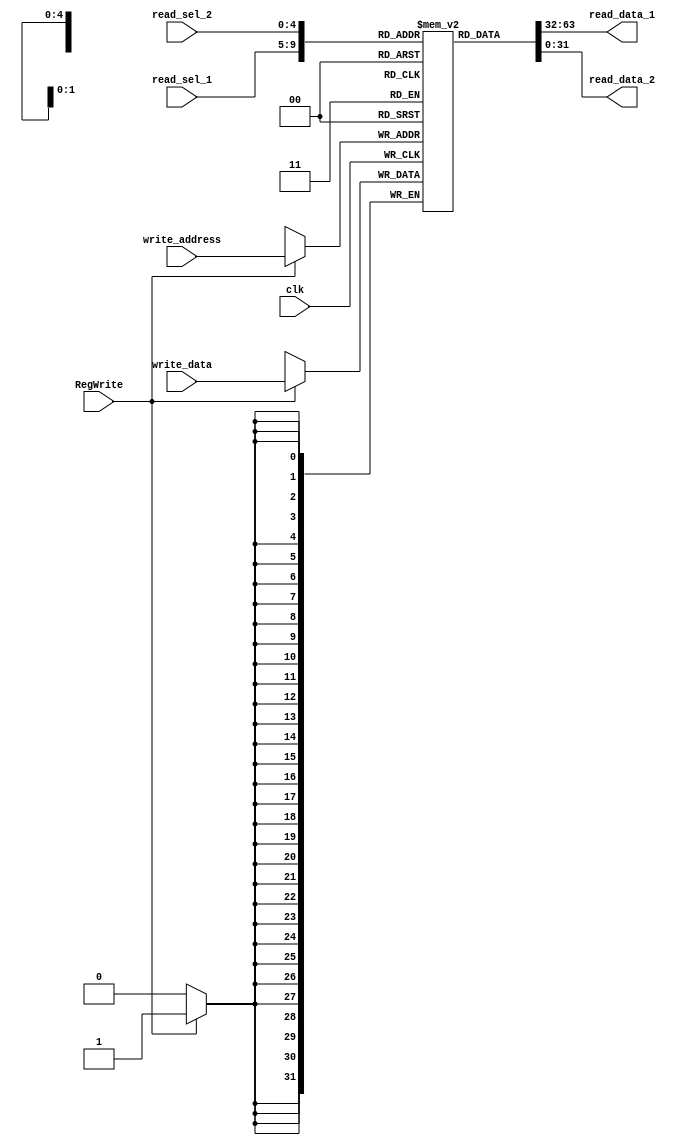
`timescale 1ns / 1ps

// In iSim you can actually expand this reg_file to view the contents in it.

module nbit_register_file(write_data,
                          read_data_1, read_data_2,
                          read_sel_1, read_sel_2,
                          write_address, RegWrite, clk);

    parameter data_width = 32;
    parameter select_width = 5;

    input                                       clk, RegWrite;
    input           [data_width-1:0]            write_data;
    input           [4:0]                       read_sel_1, read_sel_2, write_address;
    output		     [data_width-1:0]            read_data_1, read_data_2;

    reg             [data_width-1:0]            register_file [0:data_width-1];

    // for loop initializes all registers to 0, no need to rst
    integer i;
    initial begin
        for (i = 0; i < 32; i = i + 1) begin
            register_file[i] = 32'd0;
        end
    end


	 assign		read_data_1 = register_file[read_sel_1];
	 assign		read_data_2 = register_file[read_sel_2];


    always @ (posedge clk) begin
        if (RegWrite)
            register_file[write_address] <= write_data;
    end
endmodule